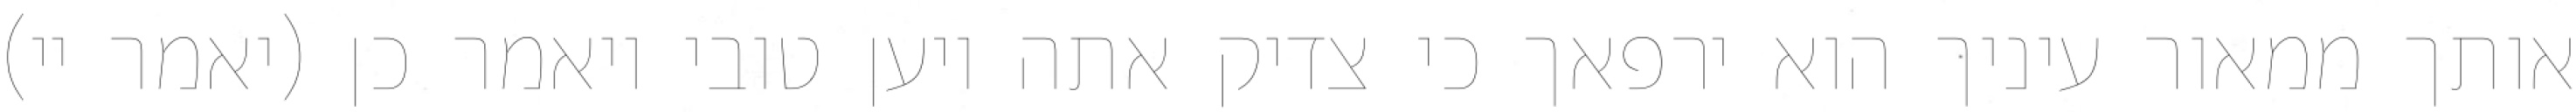
אותך ממאור עיניך הוא ירפאך כי צדיק אתה ויען טובי ויאמר כן (יאמר יי)